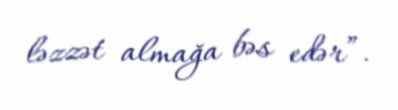
ləzzət almağa bəs edər”.